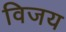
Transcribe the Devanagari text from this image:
विजय